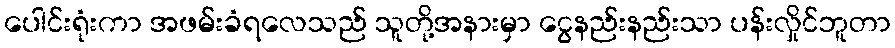
ပေါင်းရုံးကာ အဖမ်းခံရလေသည် သူတို့အနားမှာ ငွေနည်းနည်းသာ ပန်းလှိုင်ဘူတာ